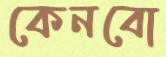
কেনবো